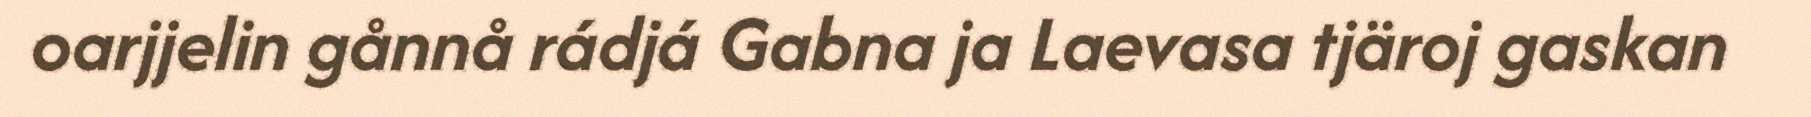
oarjjelin gånnå rádjá Gabna ja Laevasa tjäroj gaskan